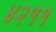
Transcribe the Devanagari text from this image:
४२११